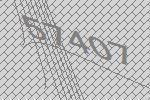
57407